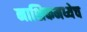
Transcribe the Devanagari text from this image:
नाशिकमध्येच